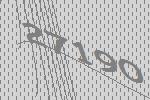
27190